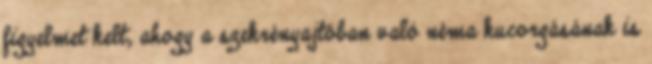
figyelmet kelt, ahogy a szekrényajtóban való néma kucorgásának is